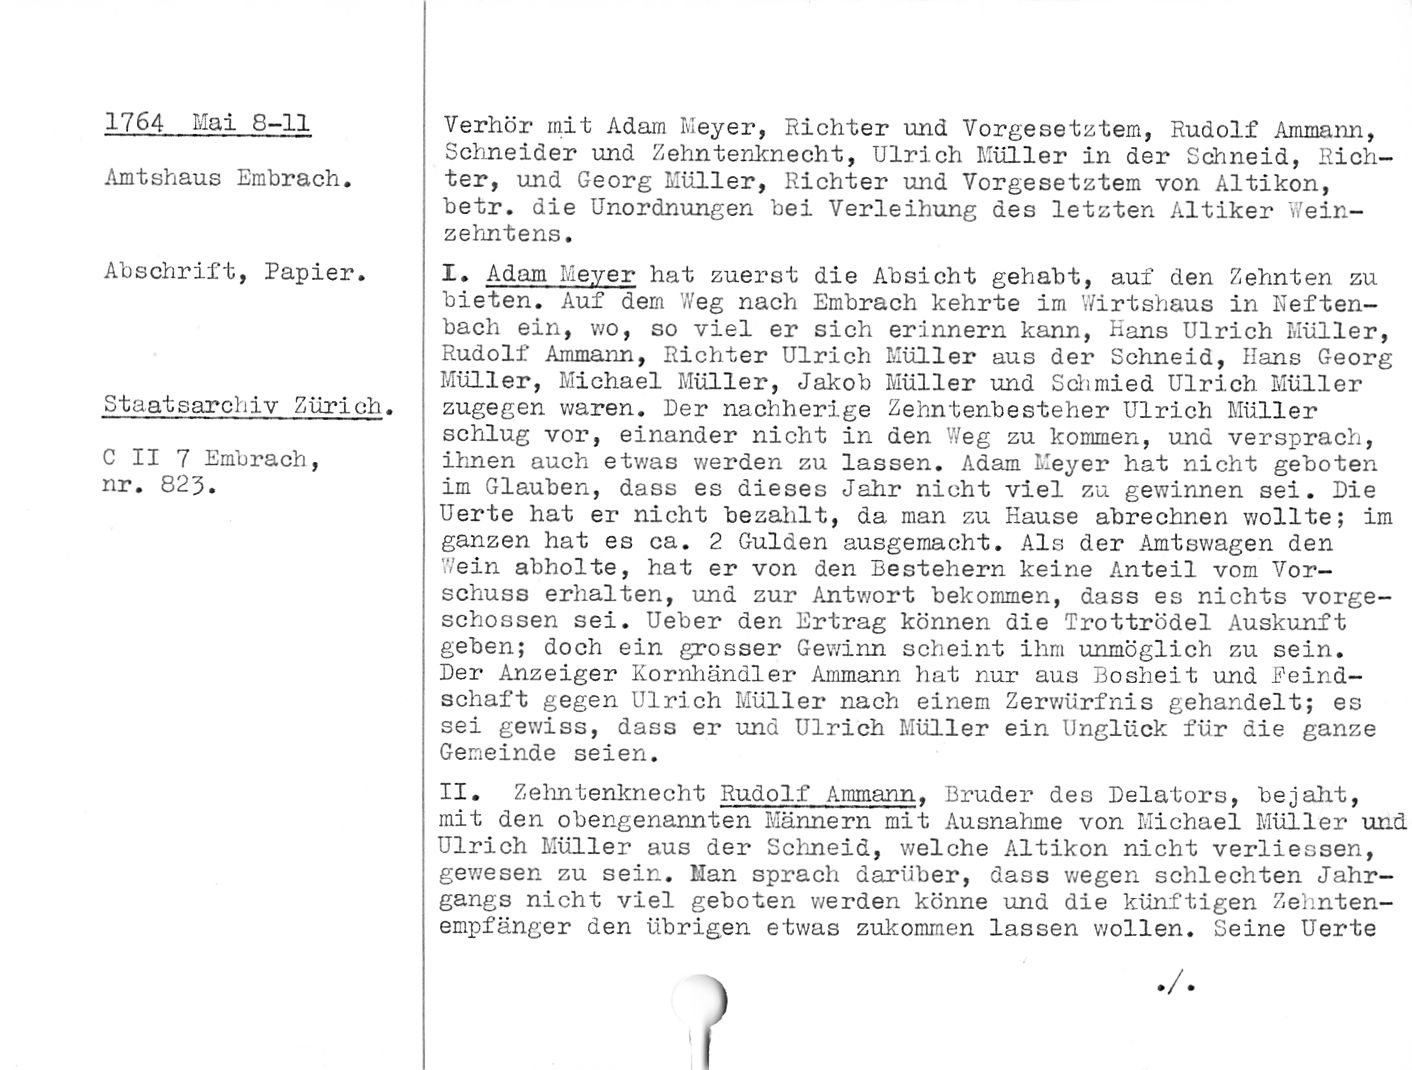
1764 Mai 8-11
Amtshaus Embrach.

Abschrift, Papier.

Staatsarchiv Zürich.

C II 7 Embrach,
nr. 823.

Verhör mit Adam Meyer, Richter und Vorgesetztem, Rudolf Ammann,
Schneider und Zehntenknecht, Ulrich Müller in der Schneid, Rich¬
ter, und Georg Müller, Richter und Vorgesetztem von Altikon,
betr. die Unordnungen bei Verleihung des letzten Altiker Wein-
zehntens.

I. Adam Meyer hat zuerst die Absicht gehabt, auf den Zehnten zu
bieten. Auf dem Weg nach Embrach kehrte im Wirtshaus in Neften-
bach ein, wo, so viel er sich erinnern kann, Hans Ulrich Müller,
Rudolf Ammann, Richter Ulrich Müller aus der Schneid, Hans Georg
Müller, Michael Müller, Jakob Müller und Schmied Ulrich Müller
zugegen waren. Der nachher!ge Zehntenbesteher Ulrich Müller
schlug vor, einander nicht in den Weg zu kommen, und versprach,
ihnen auch etwas werden zu lassen. Adam Meyer hat nicht geboten
im Glauben, dass es dieses Jahr nicht viel zu gewinnen sei. Die
Harte hat er nicht bezahlt, da man zu Hause abrechnen wollte; im
ganzen hat es ca. 2 Gulden ausgemacht. Als der Amtswagen den
Wein abholte, hat er von den Bestehern keine Anteil vom Vor¬
schuss erhalten, und zur Antwort bekommen, dass es nichts vorge¬
schossen sei. Ueber den Ertrag können die Trottrödel Auskunft
geben; doch ein grosser Gewinn scheint ihm unmöglich zu sein.

Der Anzeiger Korrihändler Ammann hat nur aus Bosheit und .Feind¬
schaft gegen Ulrich Müller nach einem Zerwürfnis gehandelt; es
sei gewiss, dass er und Ulrich Müller ein Unglück für die ganze
Gemeinde seien.

II. Zehntenknecht Rudolf Ammann. Bruder des Delators, bejaht,
mit den obengenannten Männern mit Ausnahme von Michael Müller und
Ulrich Müller aus der Schneid, welche Altikon nicht verlieosen,
gewesen zu sein. Man sprach darüber, dass wegen schlechten Jahr¬
gangs nicht viel geboten werden könne und die künftigen Zehnten¬
empfänger den übrigen etwas zukommen lassen wollen. Seine Uerte